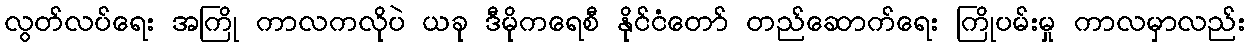
လွတ်လပ်ရေး အကြို ကာလကလိုပဲ ယခု ဒီမိုကရေစီ နိုင်ငံတော် တည်ဆောက်ရေး ကြိုပမ်းမှု ကာလမှာလည်း